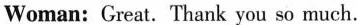
Woman: Great. Thank you so much.